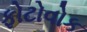
ફોટોવોક